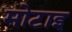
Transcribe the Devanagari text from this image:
मोटाइ